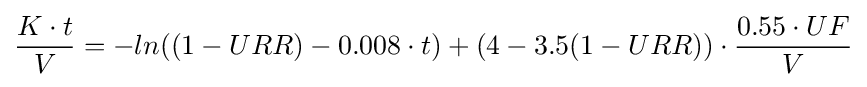
{\frac {K\cdot t}{V}}=-ln((1-URR)-0.008\cdot t)+(4-3.5(1-URR))\cdot {\frac {0.55\cdot UF}{V}}